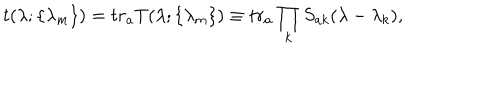
LaTeX: t ( \lambda ; \{ \lambda _ { m } \} ) = t r _ { a } T ( \lambda ; \{ \lambda _ { m } \} ) \equiv t r _ { a } \prod _ { k } S _ { a k } ( \lambda - \lambda _ { k } ) ,